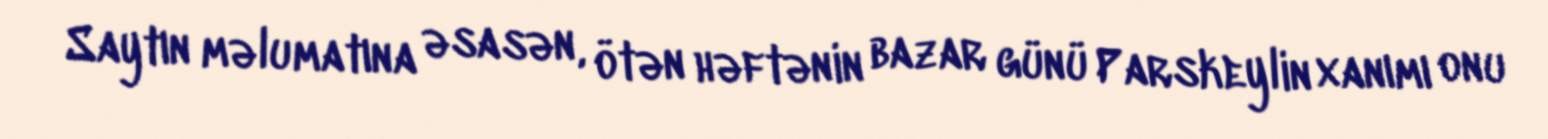
Saytın məlumatına əsasən, ötən həftənin bazar günü Parskeylin xanımı onu